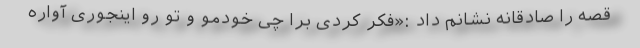
قصه را صادقانه نشانم داد :«فکر کردی برا چی خودمو و تو رو اینجوری آواره